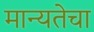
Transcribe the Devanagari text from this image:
मान्यतेचा